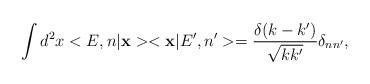
LaTeX: \begin{align*}\int {d}^{2}x< E , n | {\bf x}><{\bf x} | E' , n' > = \frac{\delta(k - k')}{\sqrt{k k'}}{\delta}_{n n'} ,\end{align*}